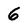
Character: 6